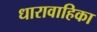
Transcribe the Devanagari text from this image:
धारावाहिका